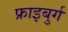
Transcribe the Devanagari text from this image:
फ्राइबुर्ग